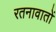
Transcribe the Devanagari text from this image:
रतनावातों